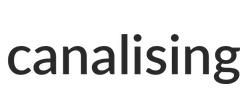
canalising